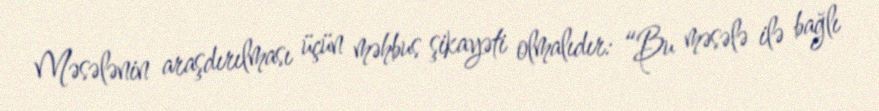
Məsələnin araşdırılması üçün məhbus şikayəti olmalıdır: “Bu məsələ ilə bağlı